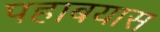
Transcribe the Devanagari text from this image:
पहाबयास